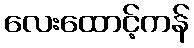
လေးထောင့်ကန်